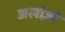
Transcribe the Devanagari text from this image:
अलोज़ो